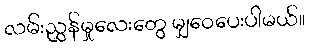
လမ်းညွှန်မှုလေးတွေ မျှဝေပေးပါမယ်။